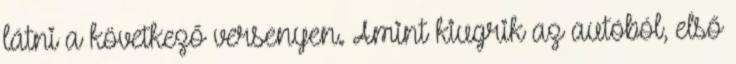
látni a következő versenyen. Amint kiugrik az autóból, első